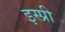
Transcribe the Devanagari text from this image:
इस्प्री